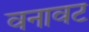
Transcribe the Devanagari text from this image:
वनावट